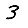
Digit: 3